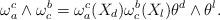
LaTeX: \begin{align*}\omega_{a}^{c} \wedge \omega^{b}_{c}= \omega_{a}^{c}(X_d)\omega^{b}_{c}(X_l)\theta^d\wedge \theta^l. \end{align*}